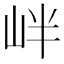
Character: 𡶡